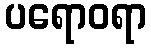
ပရောဝရာ